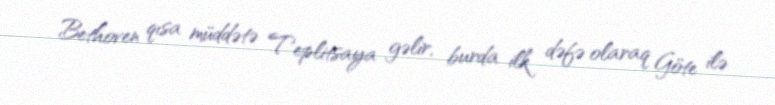
Bethoven qısa müddətə Teplitsaya gəlir, burda ilk dəfə olaraq Göte ilə